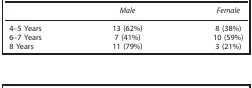
<table><thead><tr><td><b> </b></td><td><b><i>Male</i></b></td><td><b><i>Female</i></b></td></tr></thead><tbody><tr><td>4–5 Years</td><td>13 (62%)</td><td>8 (38%)</td></tr><tr><td>6–7 Years</td><td>7 (41%)</td><td>10 (59%)</td></tr><tr><td>8 Years</td><td>11 (79%)</td><td>3 (21%)</td></tr></tbody></table>